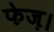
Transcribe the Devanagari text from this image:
फेज़।